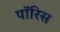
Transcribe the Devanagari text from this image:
पॉरिस